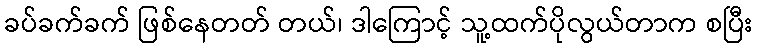
ခပ်ခက်ခက် ဖြစ်နေတတ် တယ်၊ ဒါကြောင့် သူ့ထက်ပိုလွယ်တာက စပြီး